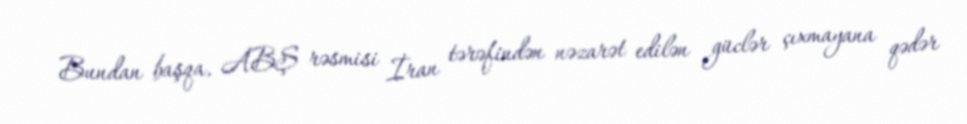
Bundan başqa, ABŞ rəsmisi İran tərəfindən nəzarət edilən güclər çıxmayana qədər